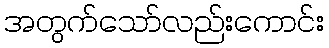
အတွက်သော်လည်းကောင်း